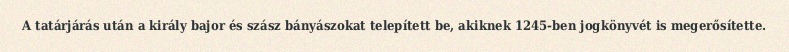
A tatárjárás után a király bajor és szász bányászokat telepített be, akiknek 1245-ben jogkönyvét is megerősítette.